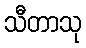
သီတာသု